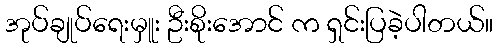
အုပ်ချုပ်ရေးမှူး ဦးစိုးအောင် က ရှင်းပြခဲ့ပါတယ်။